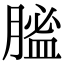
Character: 𦞟